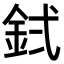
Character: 𬫇